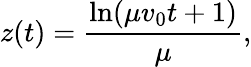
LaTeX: z(t)=\frac{\ln(\mu v_{0}t+1)}{\mu},